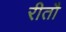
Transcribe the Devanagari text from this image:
रीतौ